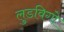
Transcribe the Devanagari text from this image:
लुडविगो